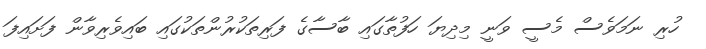
ހުރި ނަމަވެސް މެސީ ވަނީ މިދިޔަ ހަފުތާގައި ބާސާގެ ފަރިތަކުރުންތަކުގައި ބައިވެރިވާން ފަށައިފަ